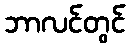
ဘာလင်တွင်